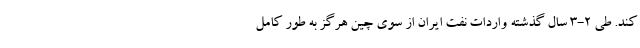
کند. طی 2-3 سال گذشته واردات نفت ایران از سوی چین هرگز به طور کامل